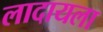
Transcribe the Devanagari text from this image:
लादायला